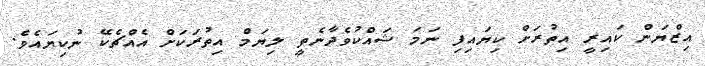
އިޒްޔަން ކައިރީ އިތުރަށް ކިޔައިފި ނަމަ ޝައްކުވެދާނެތީ ލިޔަމް އިތުރަކަށް އެއްޗެކޭ ނުކިޔައެވެ.